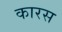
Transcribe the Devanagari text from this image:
कारस